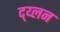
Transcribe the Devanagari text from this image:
द्य्लन